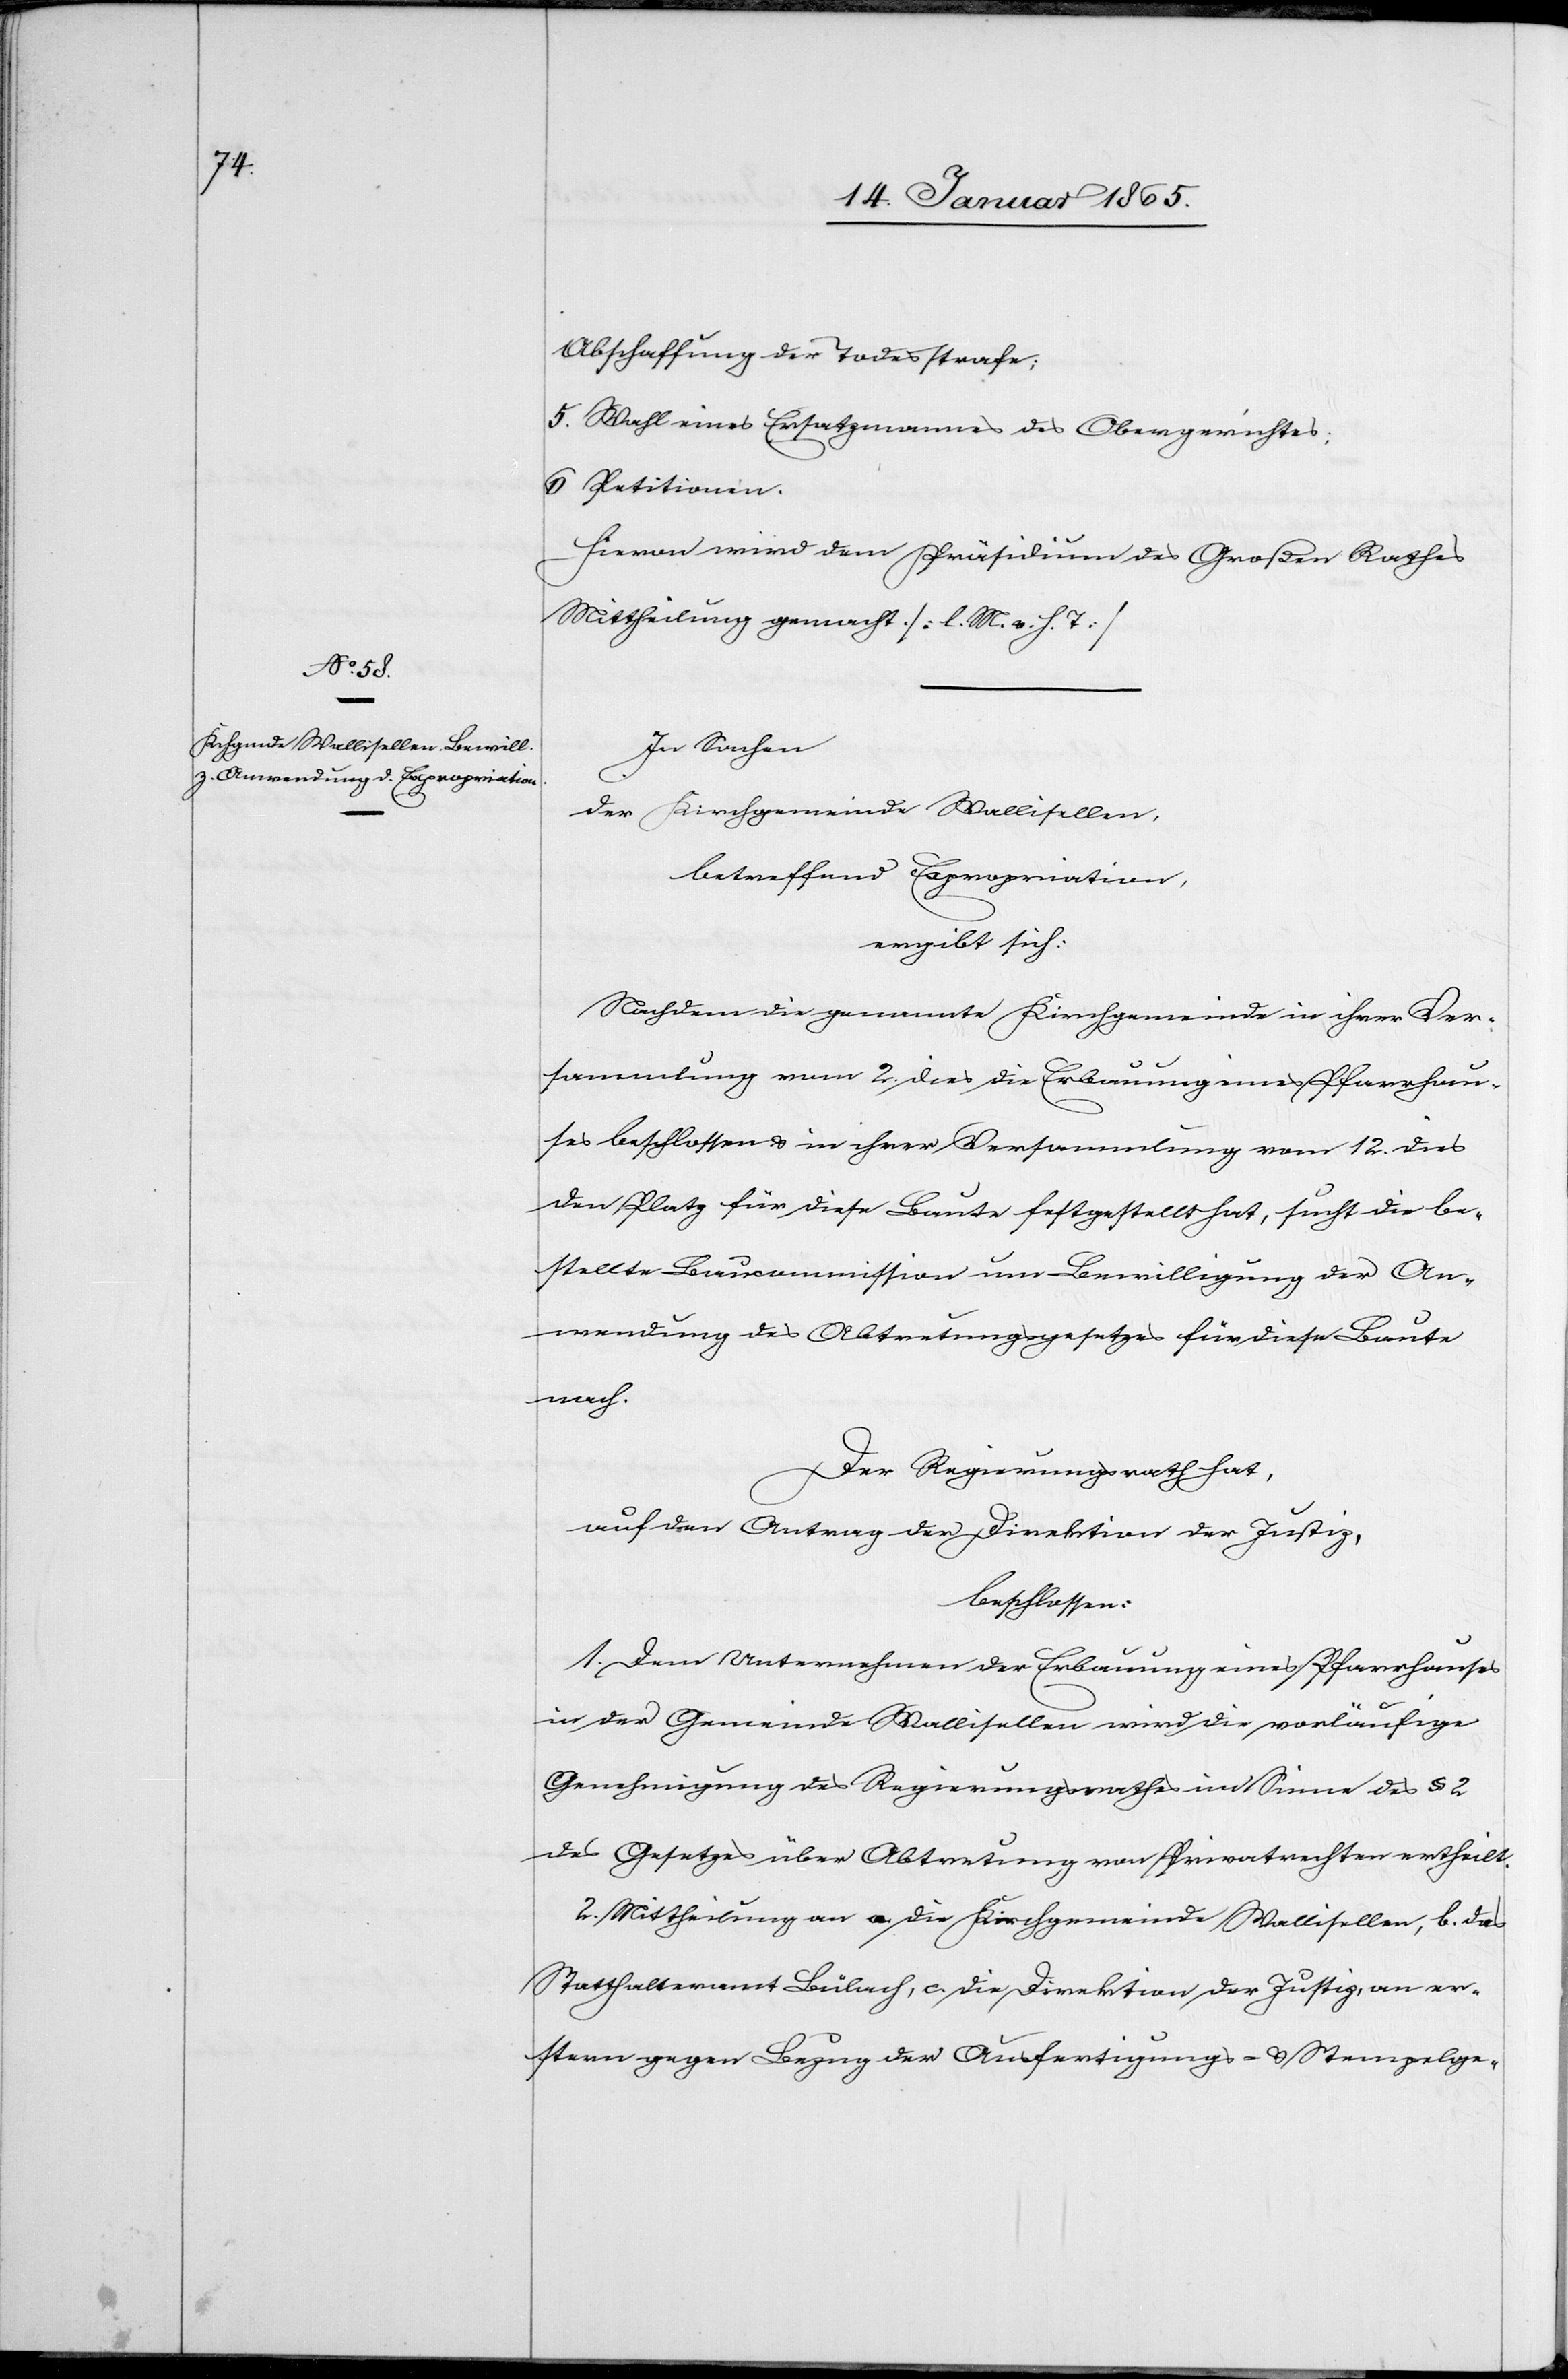
Abschaffung der Todesstrafe;
5. Wahl eines Ersatzmannes des Obergerichtes;
6. Petitionen.
Hievon wird dem Präsidium des Großen Rathes
Mittheilung gemacht. [l. M. v. h. T]
In Sachen
der Kirchgemeinde Wallisellen,
betreffend Expropriation,
ergibt sich:
Nachdem die genannte Kirchgemeinde in ihrer Ver¬
sammlung vom 2. dies die Erbauung eines Pfarrhau¬
ses beschlossen u. in ihrer Versammlung vom 12. dies
den Platz für diese Baute festgestellt hat, sucht die be¬
stellte Baucommission um Bewilligung der An¬
wendung des Abtretungsgesetzes für diese Baute
nach.
Der Regierungsrath hat,
auf den Antrag der Direktion der Justiz,
beschlossen:
1. Dem Unternehmen der Erbauung eines Pfarrhauses
in der Gemeinde Wallisellen wird die vorläufige
Genehmigung des Regierungsrathes im Sinne des § 2
des Gesetzes über Abtretung von Privatrechten ertheilt.
2. Mittheilung an a. die Kirchgemeinde Wallisellen, b. das
Statthalteramt Bülach, c. die Direktion der Justiz, an er¬
stern gegen Bezug der Ausfertigungs- u. Stempelge-